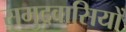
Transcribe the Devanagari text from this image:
समुद्रवासियों